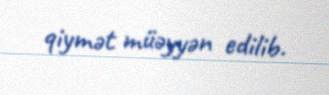
qiymət müəyyən edilib.